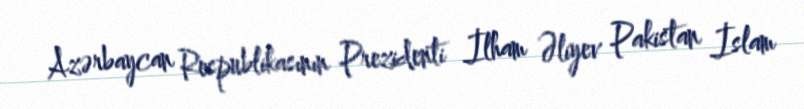
Azərbaycan Respublikasının Prezidenti İlham Əliyev Pakistan İslam